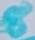
Text: 8